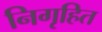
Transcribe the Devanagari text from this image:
निगृहित